65_HS1-834228961_62-HQ-83894_Section_6
Agency: FBI
Page 183
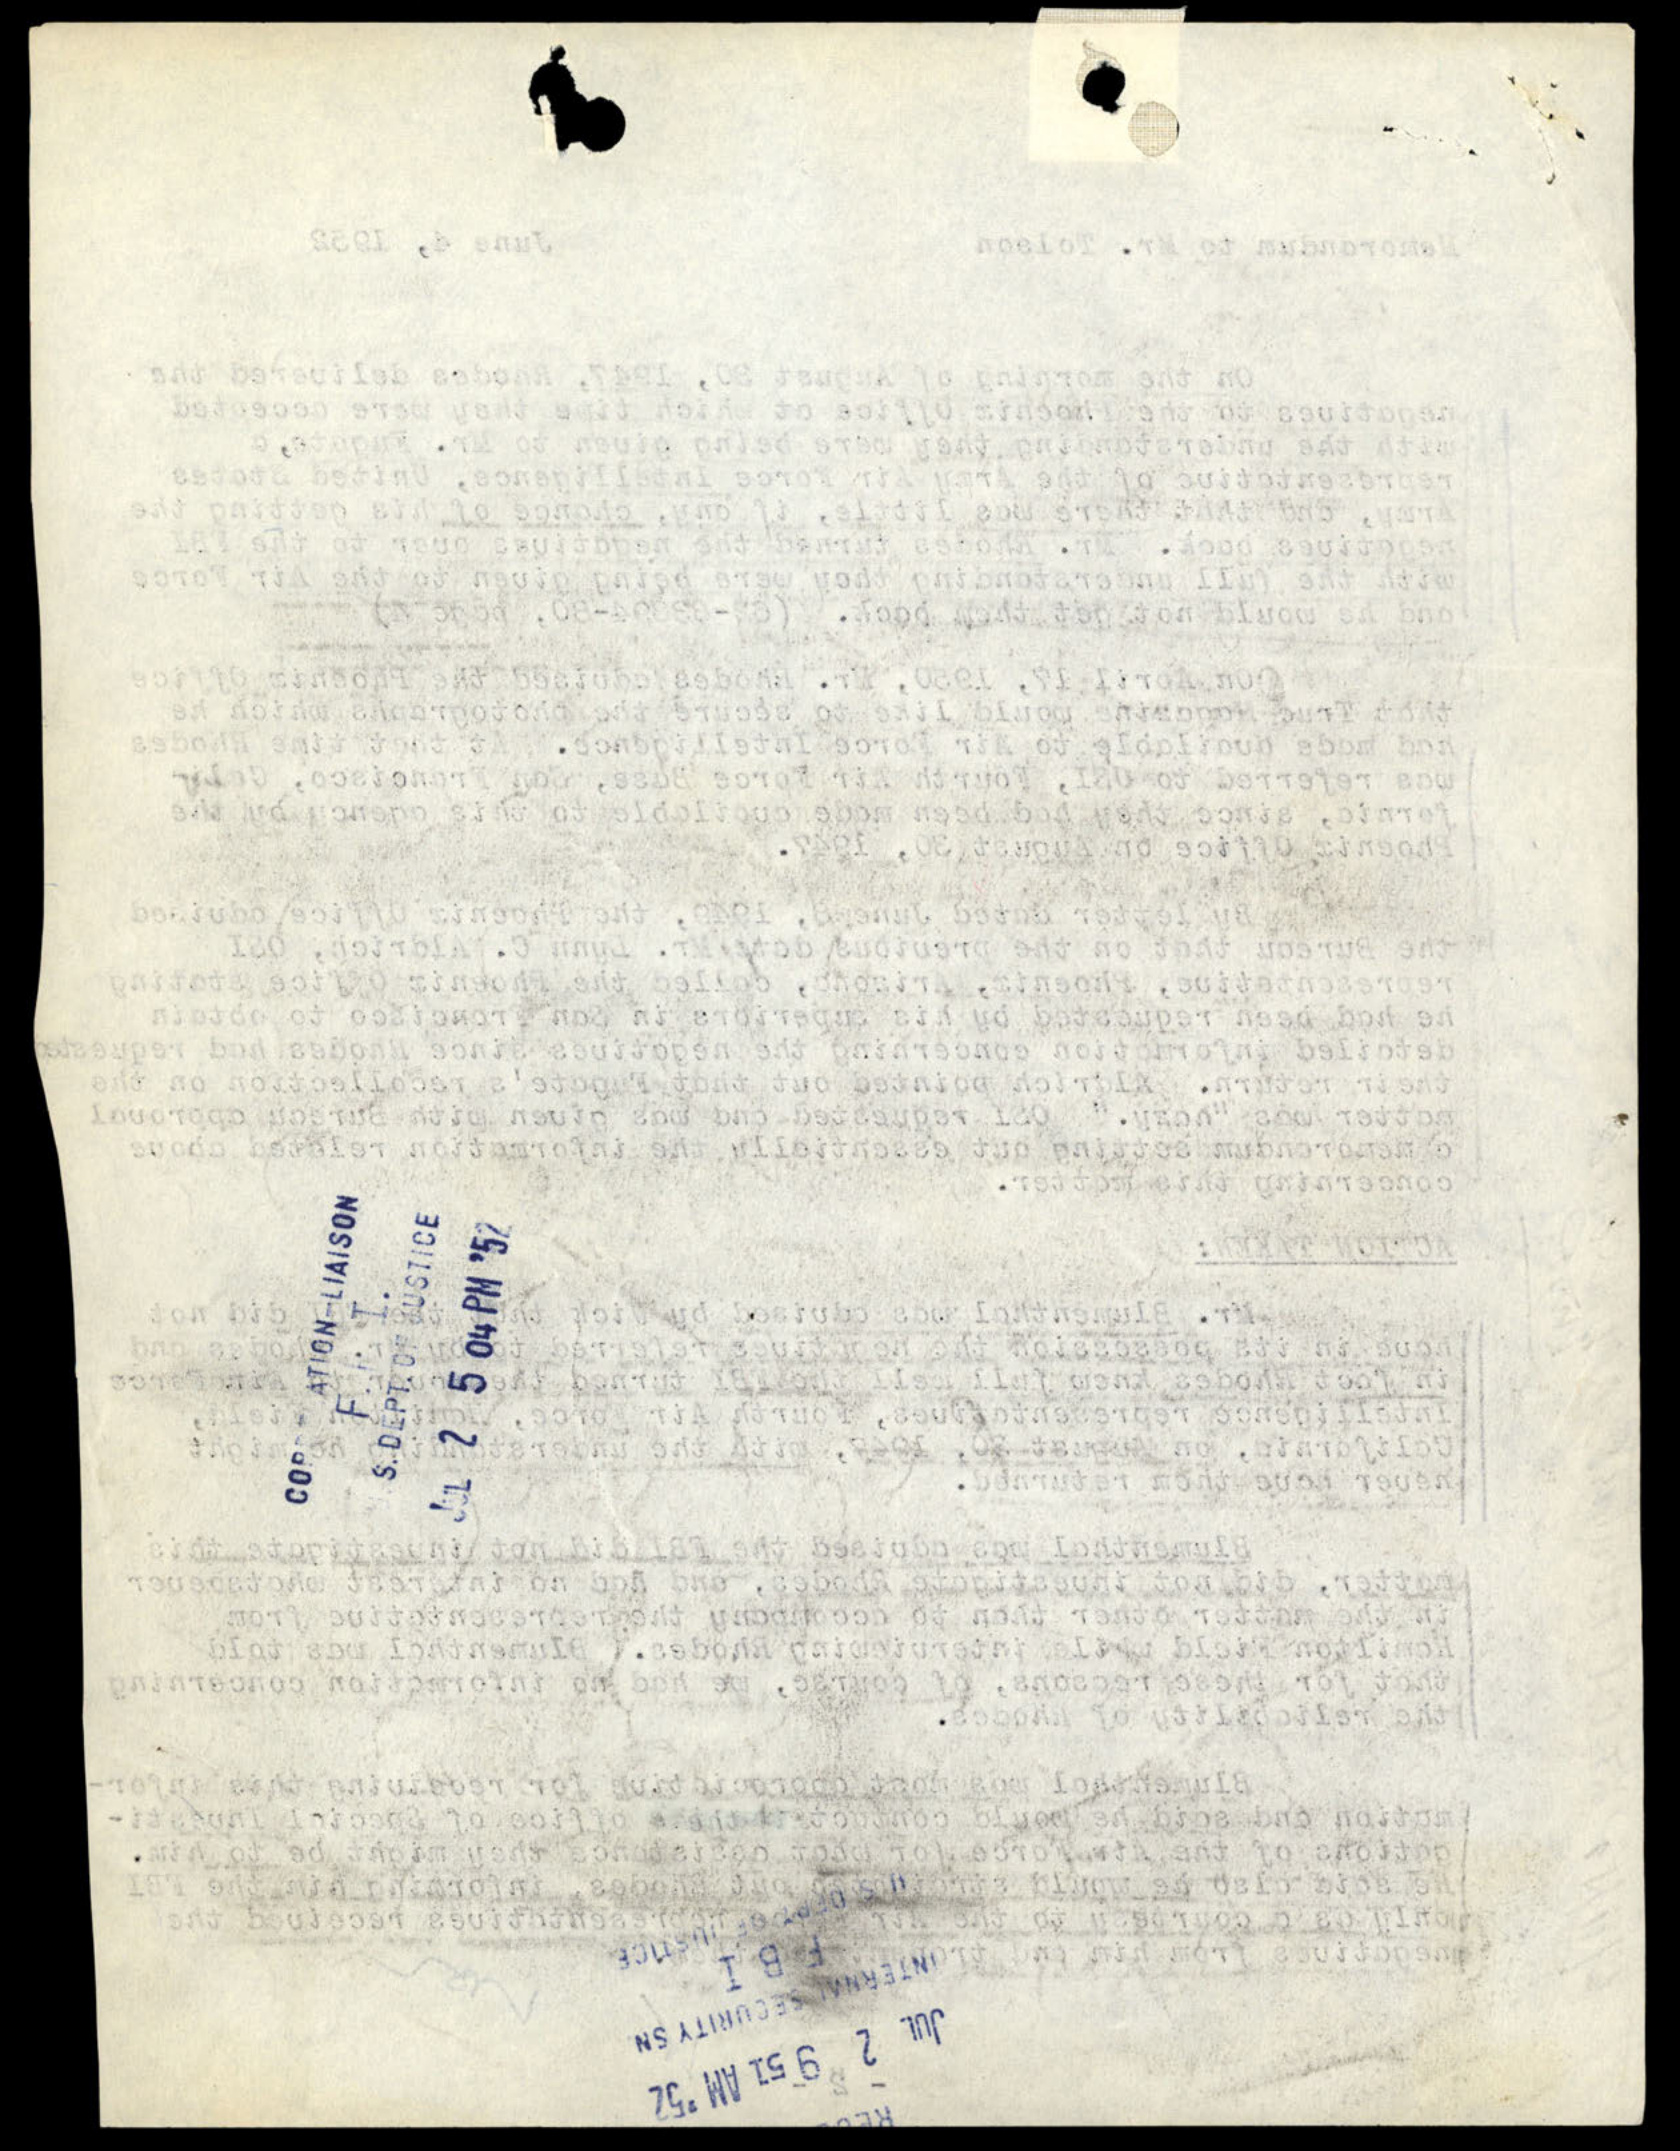